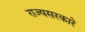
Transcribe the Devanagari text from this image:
राज्यसरकारे